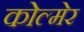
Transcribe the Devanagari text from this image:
कोल्मेर